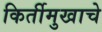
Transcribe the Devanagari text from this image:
किर्तीमुखाचे